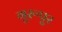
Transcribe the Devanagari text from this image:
गुरूपुर